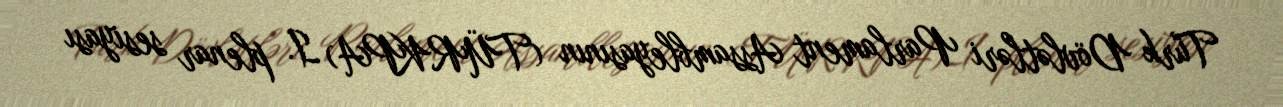
Türk Dövlətləri Parlament Assambleyasının (TÜRKPA) I. plenar sesiyası